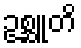
ဥစ္ဆူတိ